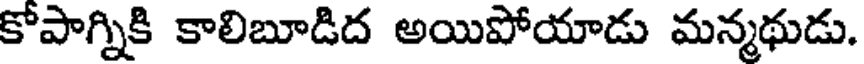
కోపాగ్నికి కాలిబూడిద అయిపోయాడు మన్మథుడు.